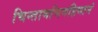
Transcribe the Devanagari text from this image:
चिन्तामणिमहिमानं